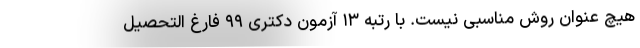
هیچ عنوان روش مناسبی نیست. با رتبه ۱۳ آزمون دکتری ۹۹ فارغ التحصیل